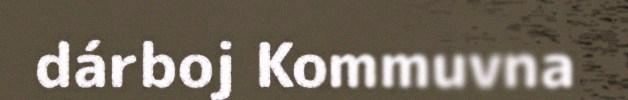
dárboj Kommuvna